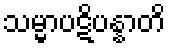
သမ္မာပဋိပန္နာတိ